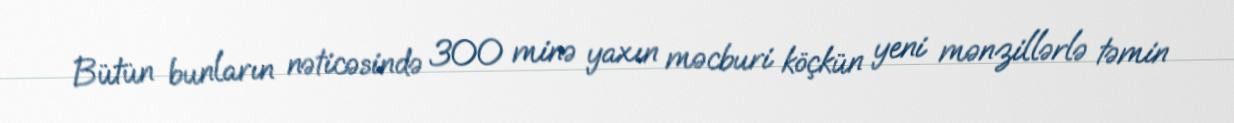
Bütün bunların nəticəsində 300 minə yaxın məcburi köçkün yeni mənzillərlə təmin